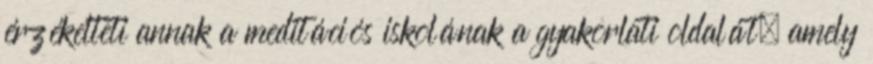
érzékelteti annak a meditációs iskolának a gyakorlati oldalát, amely